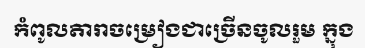
កំពូលតារាចម្រៀងជាច្រើនចូលរួម ក្នុង